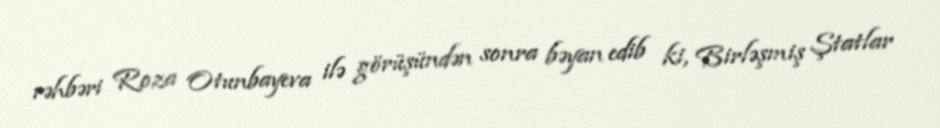
rəhbəri Roza Otunbayeva ilə görüşündən sonra bəyan edib ki, Birləşmiş Ştatlar